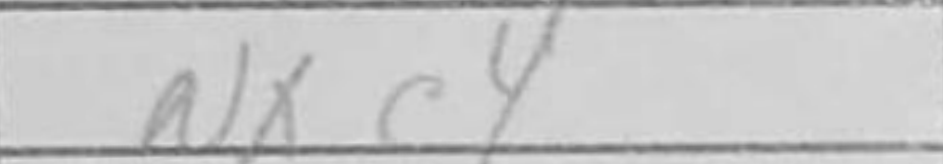
Transcription: Nxc4